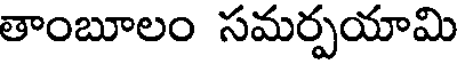
తాంబూలం సమర్పయామి